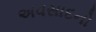
અવસાદનો